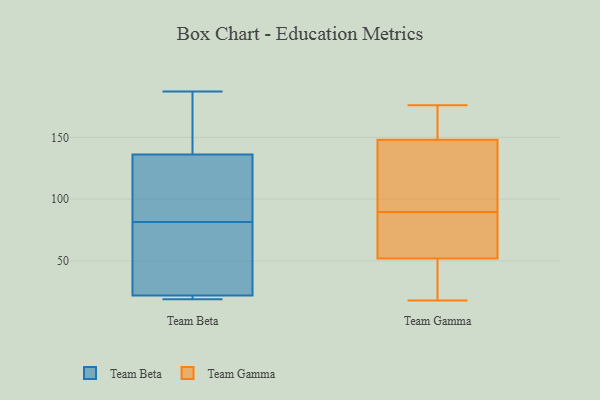
{"axis": {"x": "Shipments", "y": "Value"}, "legend": ["Team Beta", "Team Gamma"], "data": [{"x": "", "y": 131, "type": "Team Beta"}, {"x": "", "y": 187, "type": "Team Beta"}, {"x": "", "y": 22, "type": "Team Beta"}, {"x": "", "y": 59, "type": "Team Beta"}, {"x": "", "y": 19, "type": "Team Beta"}, {"x": "", "y": 90, "type": "Team Beta"}, {"x": "", "y": 20, "type": "Team Beta"}, {"x": "", "y": 108, "type": "Team Beta"}, {"x": "", "y": 136, "type": "Team Beta"}, {"x": "", "y": 184, "type": "Team Beta"}, {"x": "", "y": 73, "type": "Team Beta"}, {"x": "", "y": 113, "type": "Team Beta"}, {"x": "", "y": 168, "type": "Team Beta"}, {"x": "", "y": 26, "type": "Team Beta"}, {"x": "", "y": 20, "type": "Team Beta"}, {"x": "", "y": 19, "type": "Team Beta"}, {"x": "", "y": 33, "type": "Team Beta"}, {"x": "", "y": 149, "type": "Team Beta"}, {"x": "", "y": 90, "type": "Team Gamma"}, {"x": "", "y": 149, "type": "Team Gamma"}, {"x": "", "y": 18, "type": "Team Gamma"}, {"x": "", "y": 48, "type": "Team Gamma"}, {"x": "", "y": 169, "type": "Team Gamma"}, {"x": "", "y": 39, "type": "Team Gamma"}, {"x": "", "y": 31, "type": "Team Gamma"}, {"x": "", "y": 88, "type": "Team Gamma"}, {"x": "", "y": 83, "type": "Team Gamma"}, {"x": "", "y": 98, "type": "Team Gamma"}, {"x": "", "y": 147, "type": "Team Gamma"}, {"x": "", "y": 70, "type": "Team Gamma"}, {"x": "", "y": 169, "type": "Team Gamma"}, {"x": "", "y": 114, "type": "Team Gamma"}, {"x": "", "y": 106, "type": "Team Gamma"}, {"x": "", "y": 56, "type": "Team Gamma"}, {"x": "", "y": 176, "type": "Team Gamma"}, {"x": "", "y": 89, "type": "Team Gamma"}, {"x": "", "y": 162, "type": "Team Gamma"}, {"x": "", "y": 32, "type": "Team Gamma"}]}